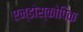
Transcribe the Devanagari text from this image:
एन्डोस्कोपिक